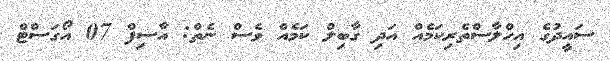
ސައީދުގެ އިހްލާސްތެރިކަމެއް އަދި ގާބިލް ކަމެއް ވެސް ނެތް: އާސިފް 07 އޯގަސްޓް